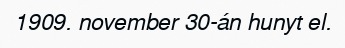
1909. november 30-án hunyt el.